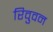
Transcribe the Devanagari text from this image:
रिवुवन